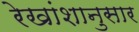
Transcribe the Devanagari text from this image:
रेखांशानुसार